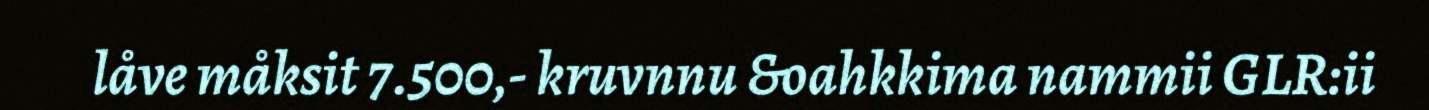
låve måksit 7.500,- kruvnnu &oahkkima nammii GLR:ii